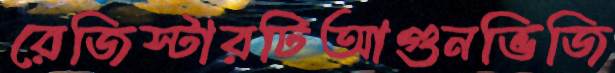
রেজিস্টারটিআগুনভিজি